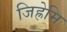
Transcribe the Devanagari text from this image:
जिह्रेमि